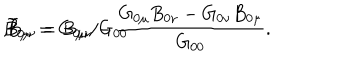
LaTeX: \hspace { 1 0 m m } \tilde { B } _ { 0 \mu } = G _ { 0 \mu } / { G _ { 0 0 } } \hspace { 3 m m } , \hspace { 3 m m } \tilde { B } _ { \mu \nu } = B _ { \mu \nu } - \frac { G _ { 0 \mu } B _ { 0 \nu } - G _ { 0 \nu } B _ { 0 \mu } } { G _ { 0 0 } } .